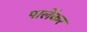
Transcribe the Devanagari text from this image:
पार्लेकर